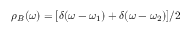
\rho _ { B } ( \omega ) = [ \delta ( \omega - \omega _ { 1 } ) + \delta ( \omega - \omega _ { 2 } ) ] / 2